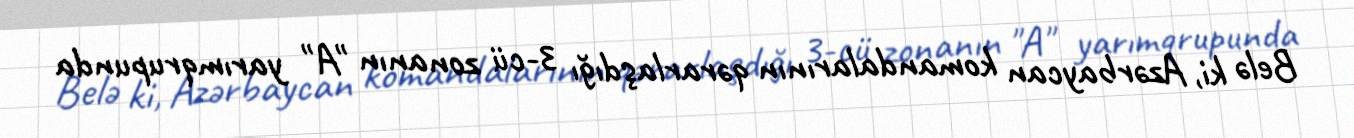
Belə ki, Azərbaycan komandalarının qərarlaşdığı 3-cü zonanın "A" yarımqrupunda